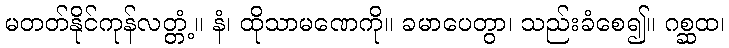
မတတ်နိုင်ကုန်လတ္တံ့။ နံ၊ ထိုသာမဏေကို။ ခမာပေတွာ၊ သည်းခံစေ၍။ ဂစ္ဆထ၊